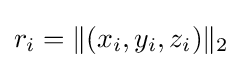
r_{i}=\|(x_{i},y_{i},z_{i})\|_{2}